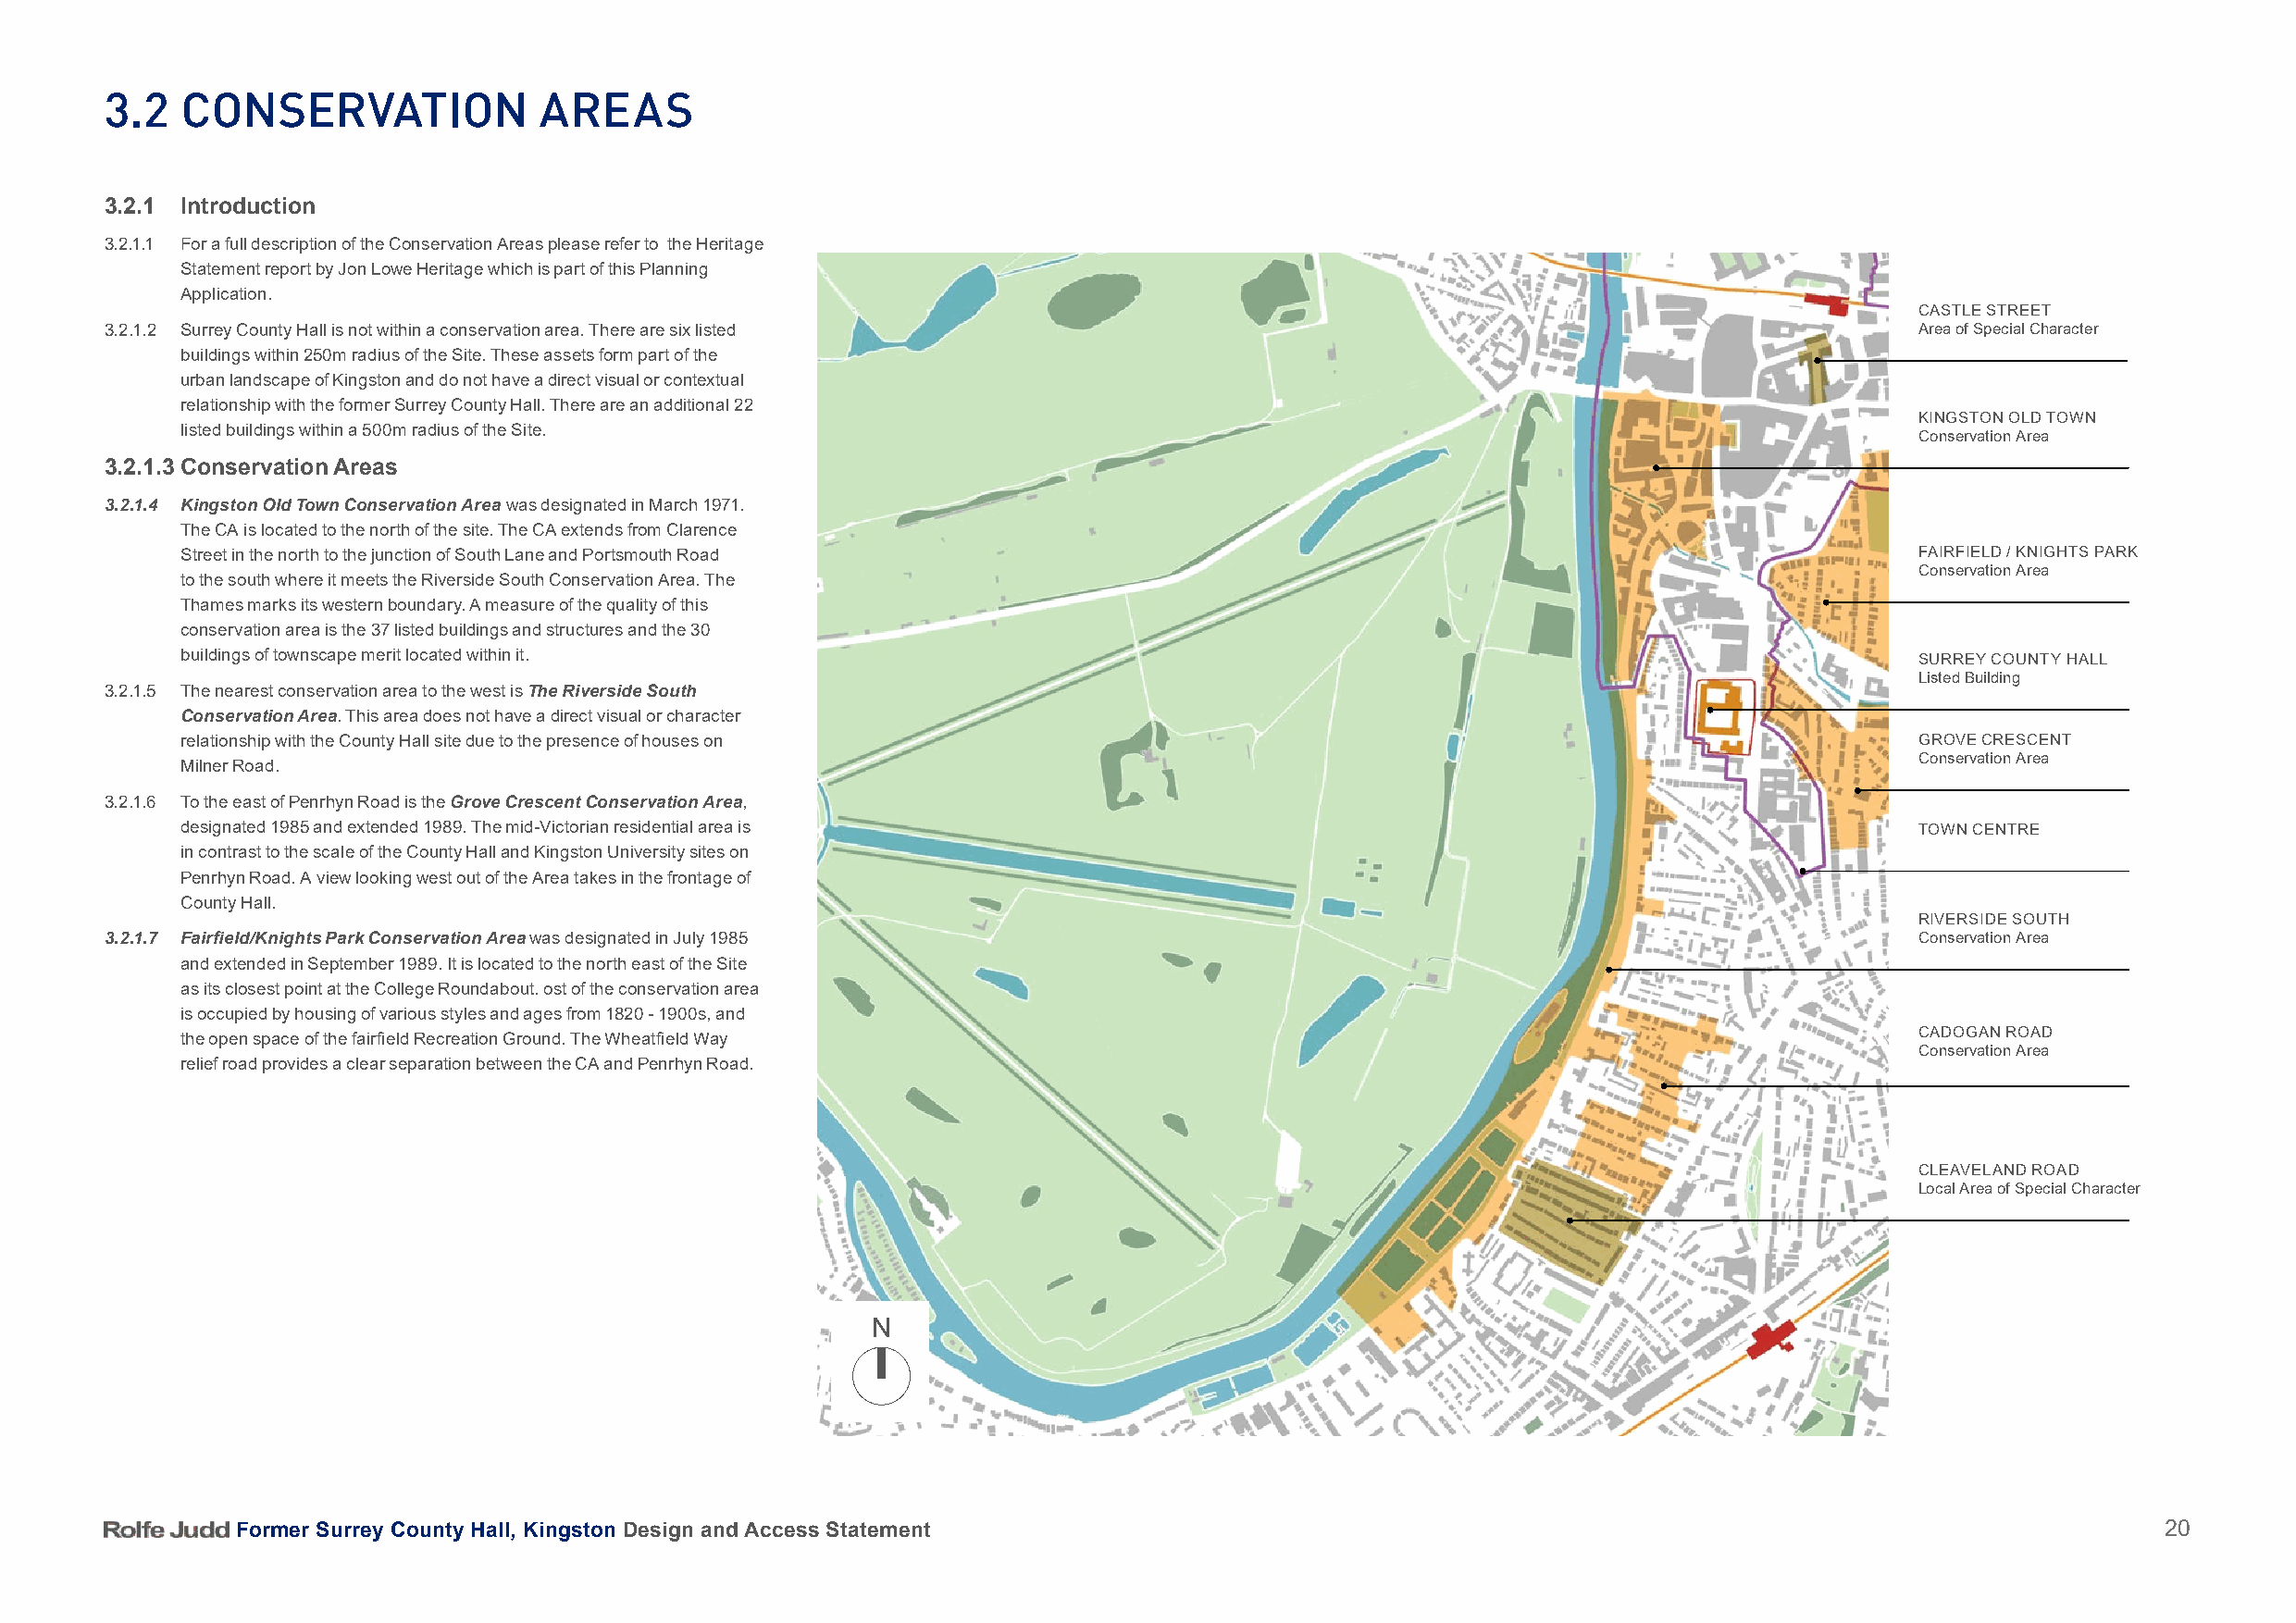
3.2   ConSerVation              areaS
 3.2.1 Introduction
 3.2.1.1 For a full description of the Conservation Areas please refer to the Heritage
 Statement report by Jon Lowe Heritage which is part of this Planning
 Application.
 CASTLE STREET
 3.2.1.2 Surrey County Hall is not within a conservation area. There are six listed                                                Area of Special Character
 buildings within 250m radius of the Site. These assets form part of the
 urban landscape of Kingston and do not have a direct visual or contextual
 relationship with the former Surrey County Hall. There are an additional 22
 KINGSTON OLD TOWN
 listed buildings within a 500m radius of the Site.
 Conservation Area
 3.2.1.3 Conservation Areas
 3.2.1.4 Kingston Old Town Conservation Area was designated in March 1971.
 The CA is located to the north of the site. The CA extends from Clarence
 Street in the north to the junction of South Lane and Portsmouth Road                                                       FAIRFIELD / KNIGHTS PARK
 Conservation Area
 to the south where it meets the Riverside South Conservation Area. The
 Thames marks its western boundary. A measure of the quality of this
 conservation area is the 37 listed buildings and structures and the 30
 buildings of townscape merit located within it.                                                                             SURREY COUNTY HALL
 Listed Building
 3.2.1.5 The nearest conservation area to the west is The Riverside South
 Conservation Area. This area does not have a direct visual or character
 relationship with the County Hall site due to the presence of houses on                                                     GROVE CRESCENT
 Conservation Area
 Milner Road.
 3.2.1.6 To the east of Penrhyn Road is the Grove Crescent Conservation Area,
 designated 1985 and extended 1989. The mid-Victorian residential area is                                                    TOWN CENTRE
 in contrast to the scale of the County Hall and Kingston University sites on
 Penrhyn Road. A view looking west out of the Area takes in the frontage of
 County Hall.
 RIVERSIDE SOUTH
 3.2.1.7 Fairfield/Knights Park Conservation Area was designated in July 1985                                                      Conservation Area
 and extended in September 1989. It is located to the north east of the Site
 as its closest point at the College Roundabout. ost of the conservation area
 is occupied by housing of various styles and ages from 1820 - 1900s, and
 the open space of the fairfield Recreation Ground. The Wheatfield Way                                                       CADOGAN ROAD
 Conservation Area
 relief road provides a clear separation between the CA and Penrhyn Road.
 CLEAVELAND ROAD
 Local Area of Special Character
 N
 Former Surrey County Hall, Kingston Design and Access Statement                                                                           20